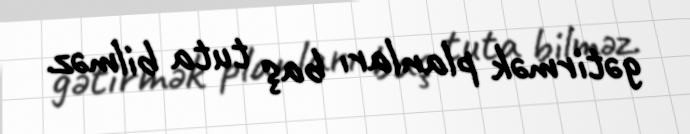
gətirmək planları baş tuta bilməz.